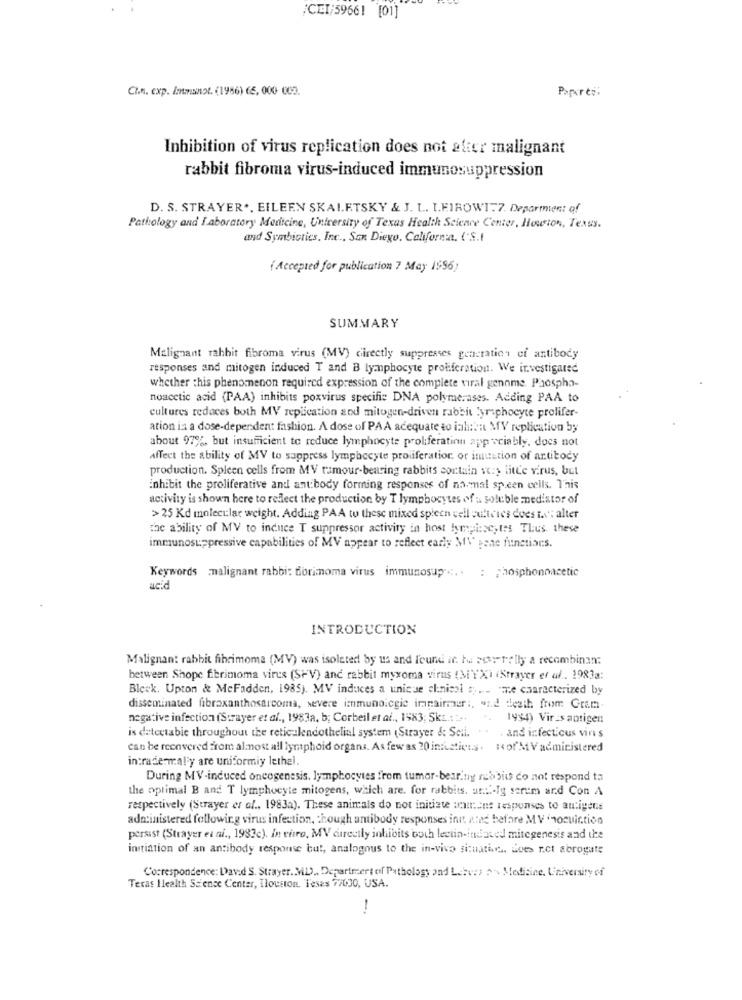
¿CEI;59661 [01]
Ct.n. exp. /msnot. (1956) 65, 000 CCD.
Paperts :
Inhibition of virus replication does not alter malignant
rabbit fibroma virus-induced immunosuppression
D. S. STRAYER ., EILEEN SKALETSKY & J. L .. I.EIROWIT7. Department of
Pathology and Laboratory Medicine, University of Texas Health Science Center, Houston, Texas.
and Symbiotics, Inc ., San Diego, California. ('S.I
( Accepted for publication 7 May 1556)
SUMMARY
Malignant rahhit fibroma virus (MV) directly suppresses generation ci antibody
responses and mitogen induced T and B lymphocyte proliferation. We investigated
whether this phenomenon required expression of the complete viral genome. Phospha-
noacetic acid (PAA) inhibits poxvirus specific DNA polymerases. Adding PAA to
cultures reduces both MV replication and mitogen-driven rabbit lymphocyte prolifer-
ation is a dose-dependent fashion. A dose of PAA adequate to ial:on MV replication by
about 97%, but insufficient to reduce lymphocyte proliferation app cciably, does not
affect the ability of MV to sappress lymphocyte proliferation or imustion of artitody
production. Spleen cells from MV rumour-bearing rabbits contain w:y litle virus, but
inhibit the proliferative and antibody forming responses of namal speen cells. This
activity is shown here to reflect the production by T lymphocytes of : soluble mediator of
> 25 Kd molecular weight. Adding PAA to these mixed spleen vell auticies does is': alter
the ability of MV to induce T suppressor activity in host tympi:se, tes Tlus. these
immunosuppressive capabilities of MV appear to reflect early MV pane functions.
Keywords :malignant rabbi: dorimoma virus immunosup .. : phosphonoacetic
acid
INTRODUCTION
Malignant rabbit fibrimoma (MV) was isolated by us and found it ti Rosstelly a recombinan:
between Shope f.brimoma virus (SHV) and rabbit myxoma virus (MYX) (Strayer et af .. 1983a:
Blesk. Upton & McFadden, 1985). MV induces a uniese clinical ... "me characterized by
disseminated fibraxanthosarcoma, severe immunoicgie imanaimmer :, and death from Gram
negative infection (Strayer et al ., 1983a, b; Corbeil et af ., 1983; Skt ... ...
.. 1994) Vires antigen
is detectable throughout the reticulendothelial system (Strayer & Soil. .. . and infectious vins
can be recovered from almost all lymphoid organs. As few as 20 inisticu.s. : ‹of'M V administered
intradermal'y are uniformiy lethal.
During MV-induced oneogenesis, lymphocytes from tumor-bearing rabbits do not respond to
the optimal B and T lymphocyte mitogens, which are. for rabbits, at .:- Ig serem and Con A
respectively (Strayer er of ., 1983a). These animals do not initiate :none responses to antigens
administered following virus infection, though antibody responses init ated before MV nocuiction
persist (Strayer et al ., 1983c). In vitro, MV curectly inhibits both lectin-indaved mitegenesis and the
initiation of an antibody response but, analogous to the in-vivo situatie .. Lees r.et abrogate
Correspondence: David S. Strayer. ML) ., Department of Pathology and Lebecs s- Medicine, University of
Texas Health Science Center, Tlouston. Teses 77030, USA.
-